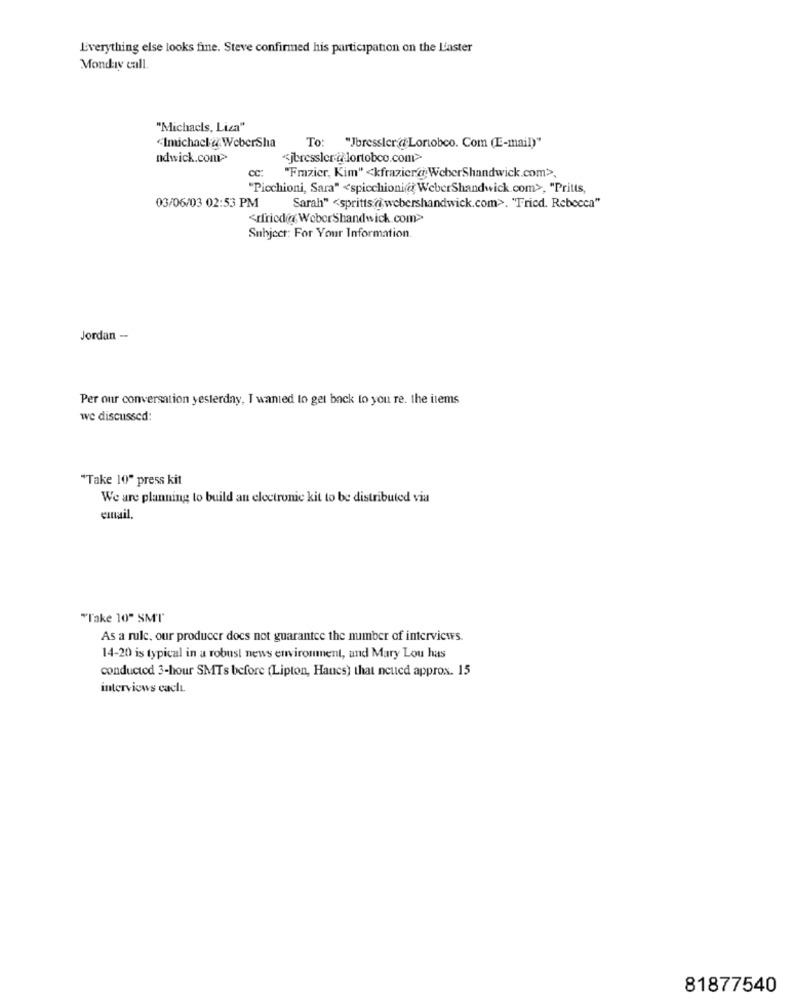
Everything else looks fine. Steve confirmed his participation on the L'aster
Monday call.
"Michacls, Liza"
<Imichacl & WeberSha
To: "Jbressler @Loriobco. Com (IE-mail)"
ndwick.com>
jbressler @dortobco.com>
"Fmzier, Kim" <kfrazierar:WeberShandwick.com>>,
Cc:
"Picchioni, Sara" <spicchioni @WeberShandwick com>, "Pritts,
03/06/03 02:53 PM
Sarah" <spritts @ webershandwick.com>. "Fried. Rebecca"
<rfricd@ WeberShandwick.com>
Subject: For Your Information.
Jordan --
Per our conversation yesterday, I wanted to get back to you re. the items
we discussed:
"Take 10" press kit
We are planning to build an electronic kit to be distributed via
email.
"l'ake 10" SMT"
As a rule. our producer does not guarantee the number of interviews.
14-20 is typical in a robust news environment, and Mary Lou has
conductod 3-hour SMTs before (Lipton, Hancs) that netted approx. 15
interviews cachı.
81877540